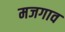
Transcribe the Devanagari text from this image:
मजगाव